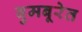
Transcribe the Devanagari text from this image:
बुमबूरेत